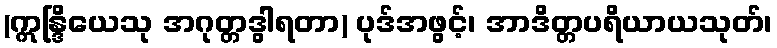
(ဣန္ဒြိယေသု အဂုတ္တဒွါရတာ) ပုဒ်အဖွင့်၊ အာဒိတ္တပရိယာယသုတ်၊